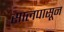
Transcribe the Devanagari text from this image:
सालपासून